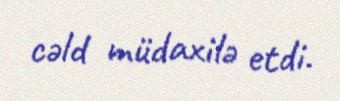
cəld müdaxilə etdi.